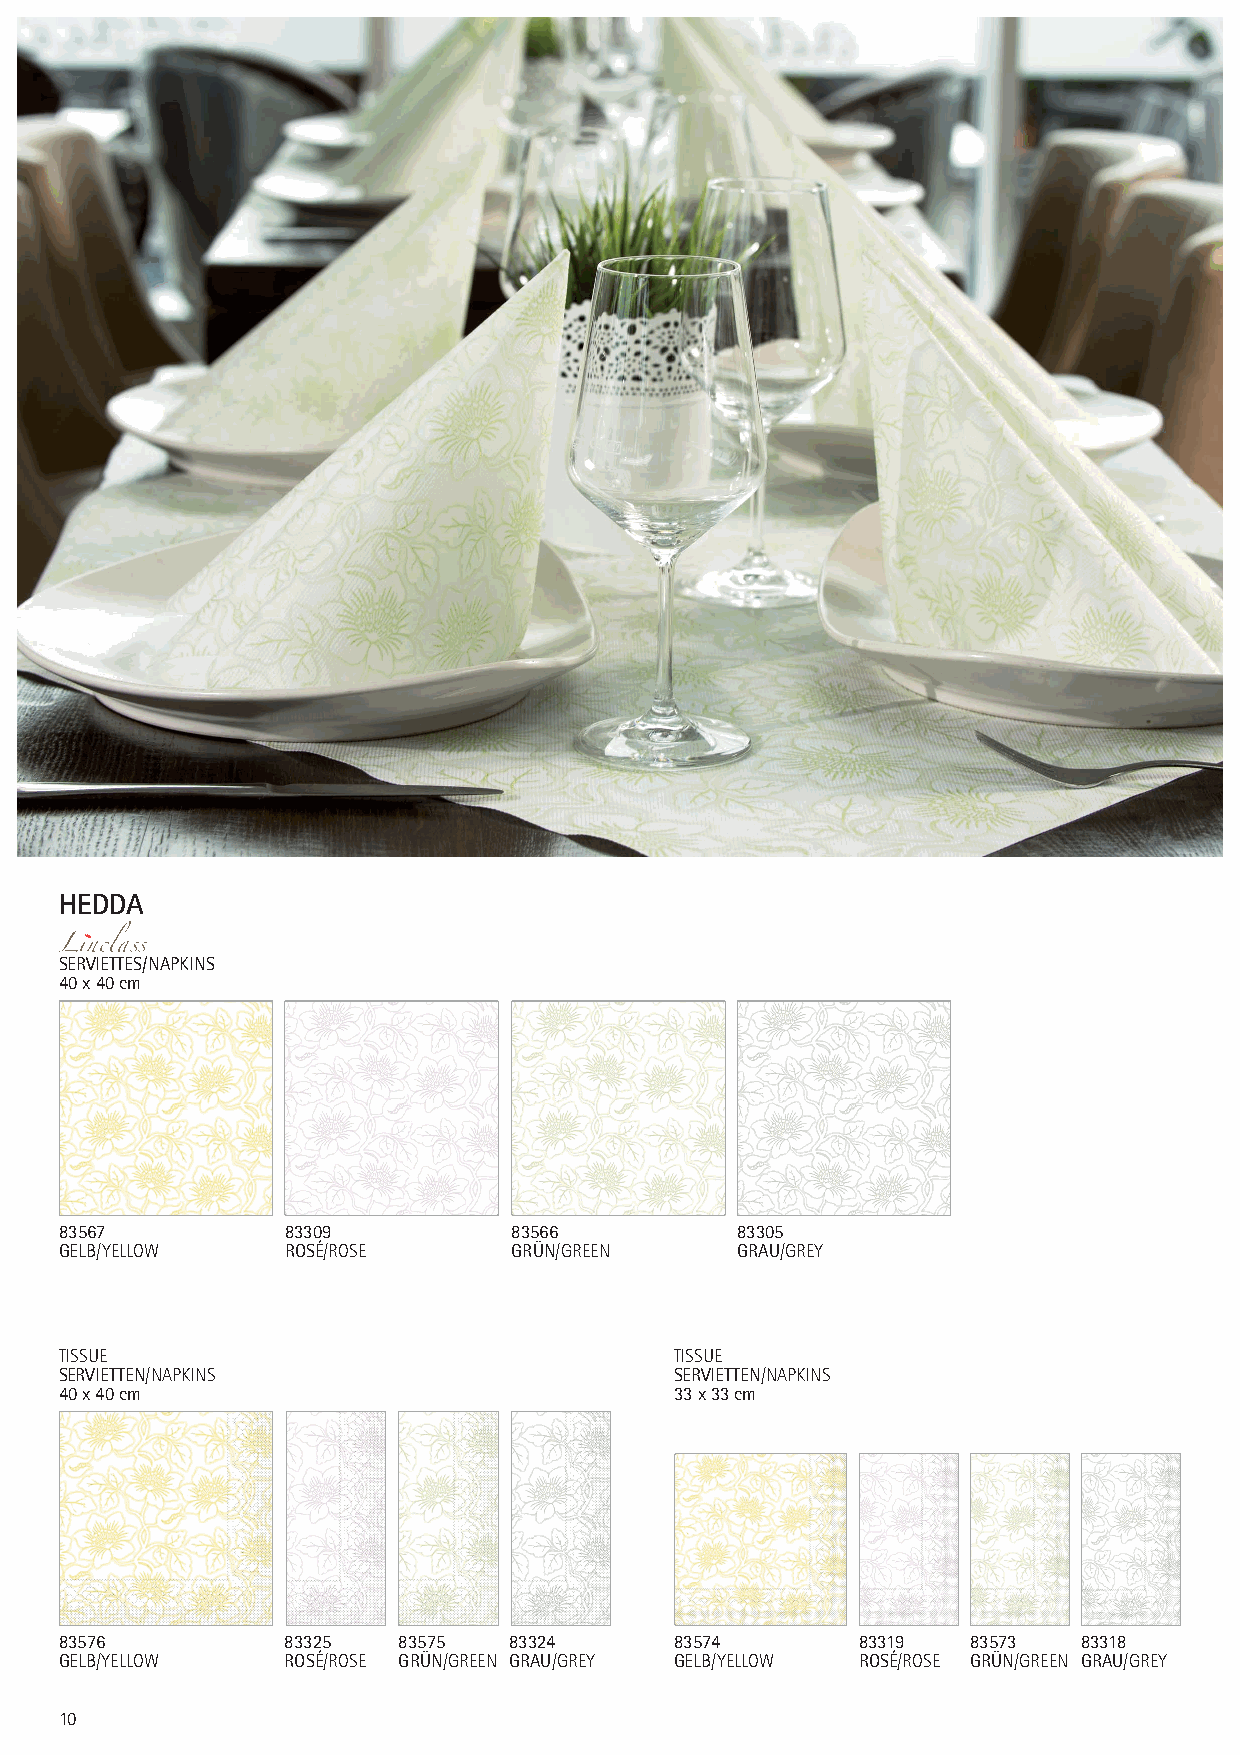
HEDDA
 SERVIETTES/NAPKINS
 40 x 40 cm
 83567          83309          83566          83305
 GELB/YELLOW    ROSÉ/ROSE      GRÜN/GREEN     GRAU/GREY
 TISSUE                                   TISSUE
 SERVIETTEN/NAPKINS                       SERVIETTEN/NAPKINS
 40 x 40 cm                               33 x 33 cm
 83576          83325  83575   83324      83574       83319  83573   83318
 GELB/YELLOW    ROSÉ/ROSE GRÜN/GREEN GRAU/GREY GELB/YELLOW ROSÉ/ROSE GRÜN/GREEN GRAU/GREY
 10